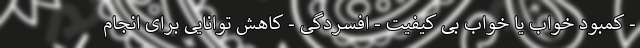
- کمبود خواب یا خواب بی کیفیت - افسردگی - کاهش توانایی برای انجام